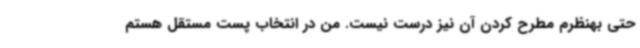
حتی بهنظرم مطرح کردن آن نیز درست نیست. من در انتخاب پست مستقل هستم